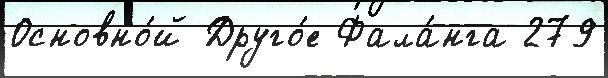
Основно́й Друго́е Фала́нга 279